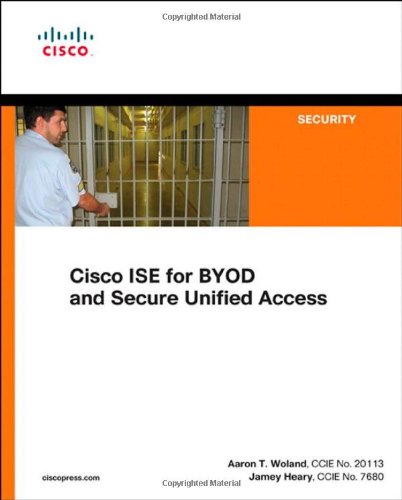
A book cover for Cisco ISE for BYOD and Secure Unified Access; Jamey Heary; Computers & Technology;